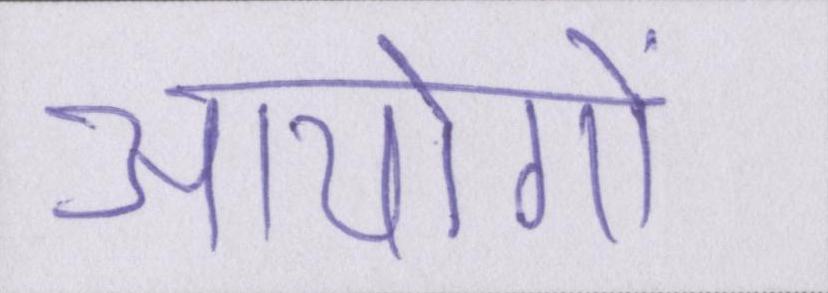
आयोगों